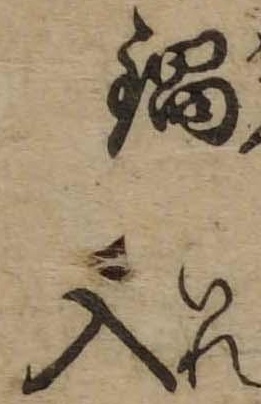
鍋入